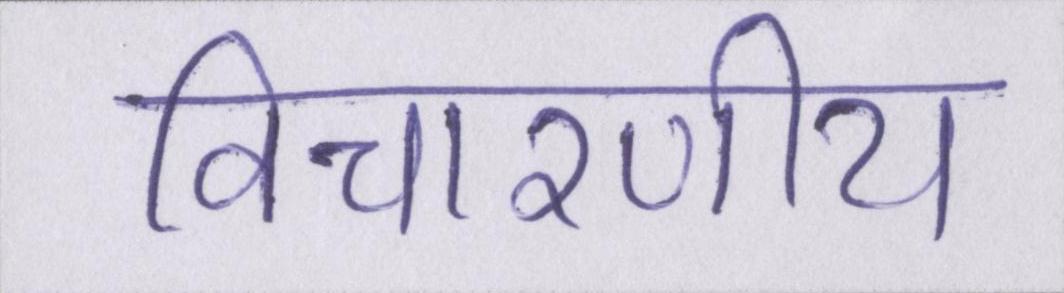
विचारणीय